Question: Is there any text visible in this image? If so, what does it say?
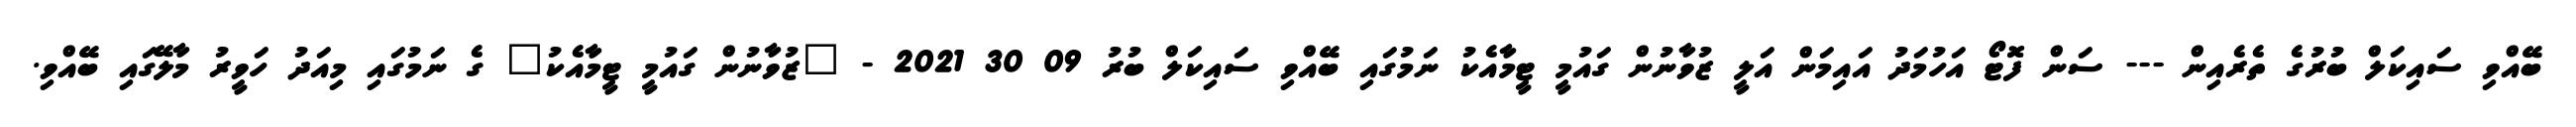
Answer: ބޭއްވި ސައިކަލް ބުރުގެ ތެރެއިން --- ސަން ފޮޓޯ އަހުމަދު އައިމަން އަލީ ޒުވާނުން ގައުމީ ޓީމާއެކު ނަމުގައި ބޭއްވި ސައިކަލް ބުރު 09 30 2021 - "ޒުވާނުން ގައުމީ ޓީމާއެކު" ގެ ނަމުގައި މިއަދު ހަވީރު މާލޭގައި ބޭއްވި.